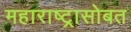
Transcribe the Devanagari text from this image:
महाराष्ट्रासोबत